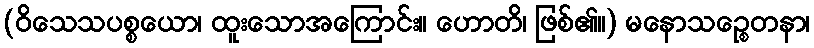
(ဝိသေသပစ္စယော၊ ထူးသောအကြောင်း။ ဟောတိ၊ ဖြစ်၏။) မနောသဉ္စေတနာ၊